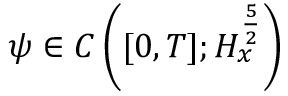
\psi \in C \left( [ 0 , T ] ; H _ { x } ^ { \frac { 5 } { 2 } } \right)